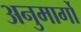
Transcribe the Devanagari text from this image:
अनुमार्गों